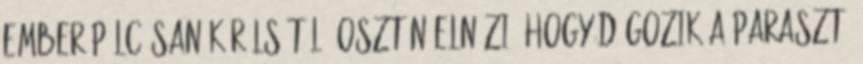
ember pálcásan körülsétál, osztán elnézi, hogy dógozik a paraszt,